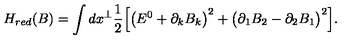
H _ { r e d } ( B ) = \int d x ^ { \perp } \frac { 1 } { 2 } \Big [ \big ( E ^ { 0 } + \partial _ { k } B _ { k } \big ) ^ { 2 } + \big ( \partial _ { 1 } B _ { 2 } - \partial _ { 2 } B _ { 1 } \big ) ^ { 2 } \Big ] .